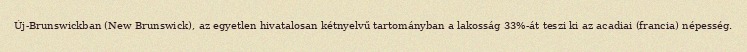
Új-Brunswickban (New Brunswick), az egyetlen hivatalosan kétnyelvű tartományban a lakosság 33%-át teszi ki az acadiai (francia) népesség.